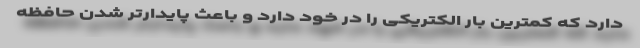
دارد که کمترین بار الکتریکی را در خود دارد و باعث پایدارتر شدن حافظه